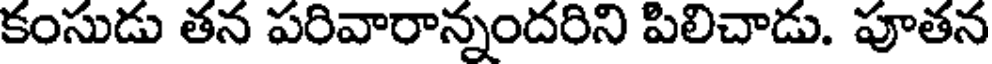
కంసుడు తన పరివారాన్నందరిని పిలిచాడు. పూతన